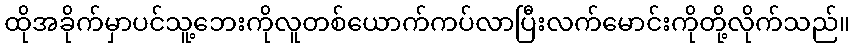
ထိုအခိုက်မှာပင်သူ့ဘေးကိုလူတစ်ယောက်ကပ်လာပြီးလက်မောင်းကိုတို့လိုက်သည်။